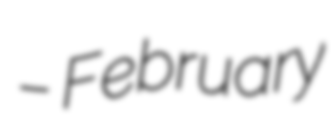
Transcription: – February